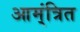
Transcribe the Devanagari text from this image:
आम्ंत्रित